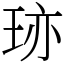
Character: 𤥂